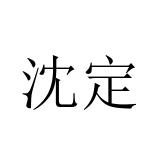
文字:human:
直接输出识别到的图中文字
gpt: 沈定